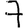
Digit: 7